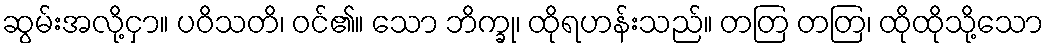
ဆွမ်းအလို့ငှာ။ ပဝိသတိ၊ ဝင်၏။ သော ဘိက္ခု၊ ထိုရဟန်းသည်။ တတြ တတြ၊ ထိုထိုသို့သော